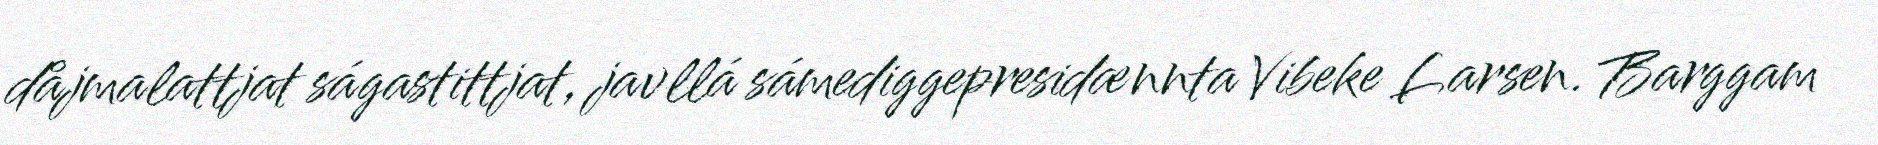
dåjmalattjat ságastittjat, javllá sámediggepresidænnta Vibeke Larsen. Barggam